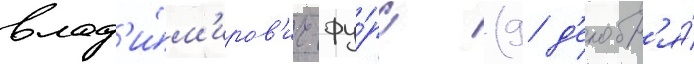
влад'и́м'иров'ич фу́рс (9 д'екабр'я́